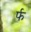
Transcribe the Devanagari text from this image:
र्फ